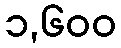
၁,၆၀၀